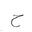
Letter: _ha